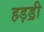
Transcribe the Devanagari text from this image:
हड़ॾी